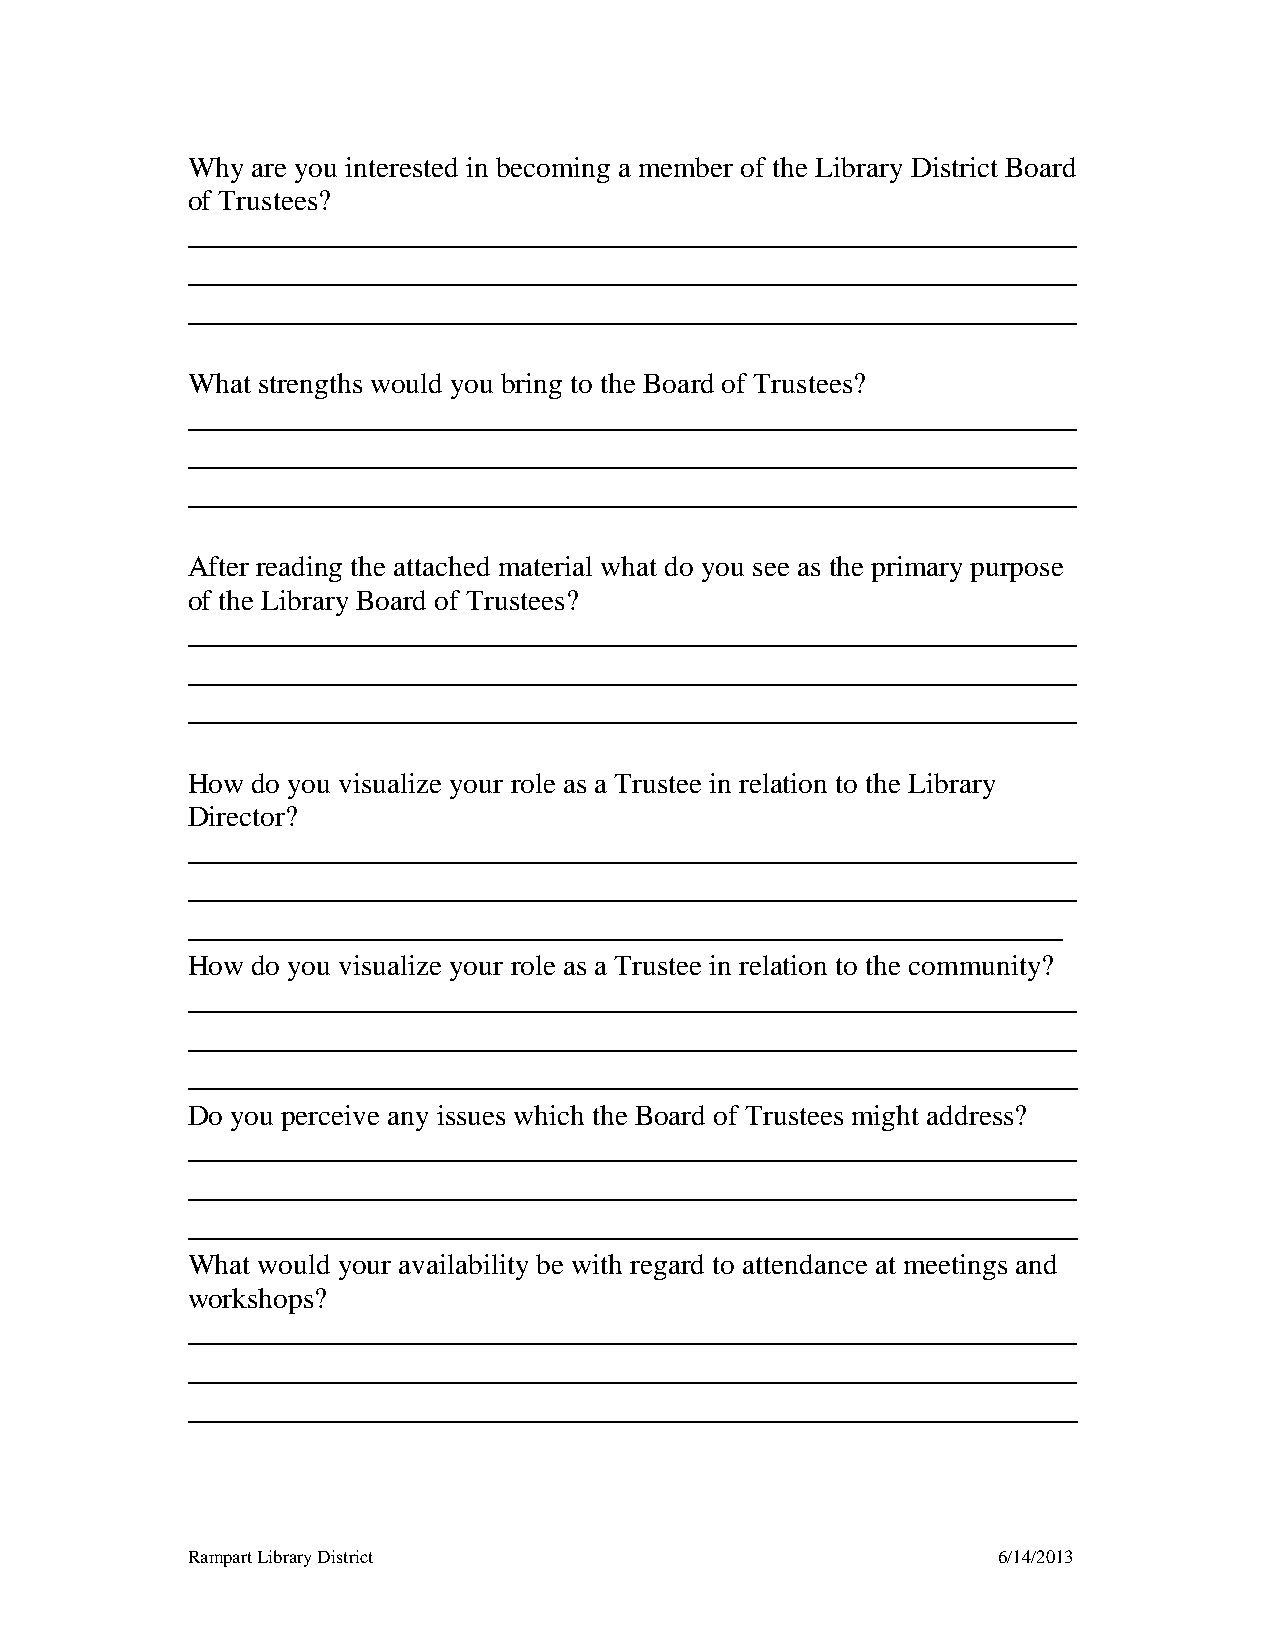
Why  are you interested in becoming a member of the Library District Board
 of Trustees?
 _____________________________________________________________
 _____________________________________________________________
 _____________________________________________________________
 What strengths would you bring to the Board of Trustees?
 _____________________________________________________________
 _____________________________________________________________
 _____________________________________________________________
 After reading the attached material what do you see as the primary purpose
 of the Library Board of Trustees?
 _____________________________________________________________
 _____________________________________________________________
 _____________________________________________________________
 How  do you visualize your role as a Trustee in relation to the Library
 Director?
 _____________________________________________________________
 _____________________________________________________________
 ____________________________________________________________
 How  do you visualize your role as a Trustee in relation to the community?
 _____________________________________________________________
 _____________________________________________________________
 _____________________________________________________________
 Do you perceive any issues which the Board of Trustees might address?
 _____________________________________________________________
 _____________________________________________________________
 _____________________________________________________________
 What would your availability be with regard to attendance at meetings and
 workshops?
 _____________________________________________________________
 _____________________________________________________________
 _____________________________________________________________
 Rampart Library District                              6/14/2013